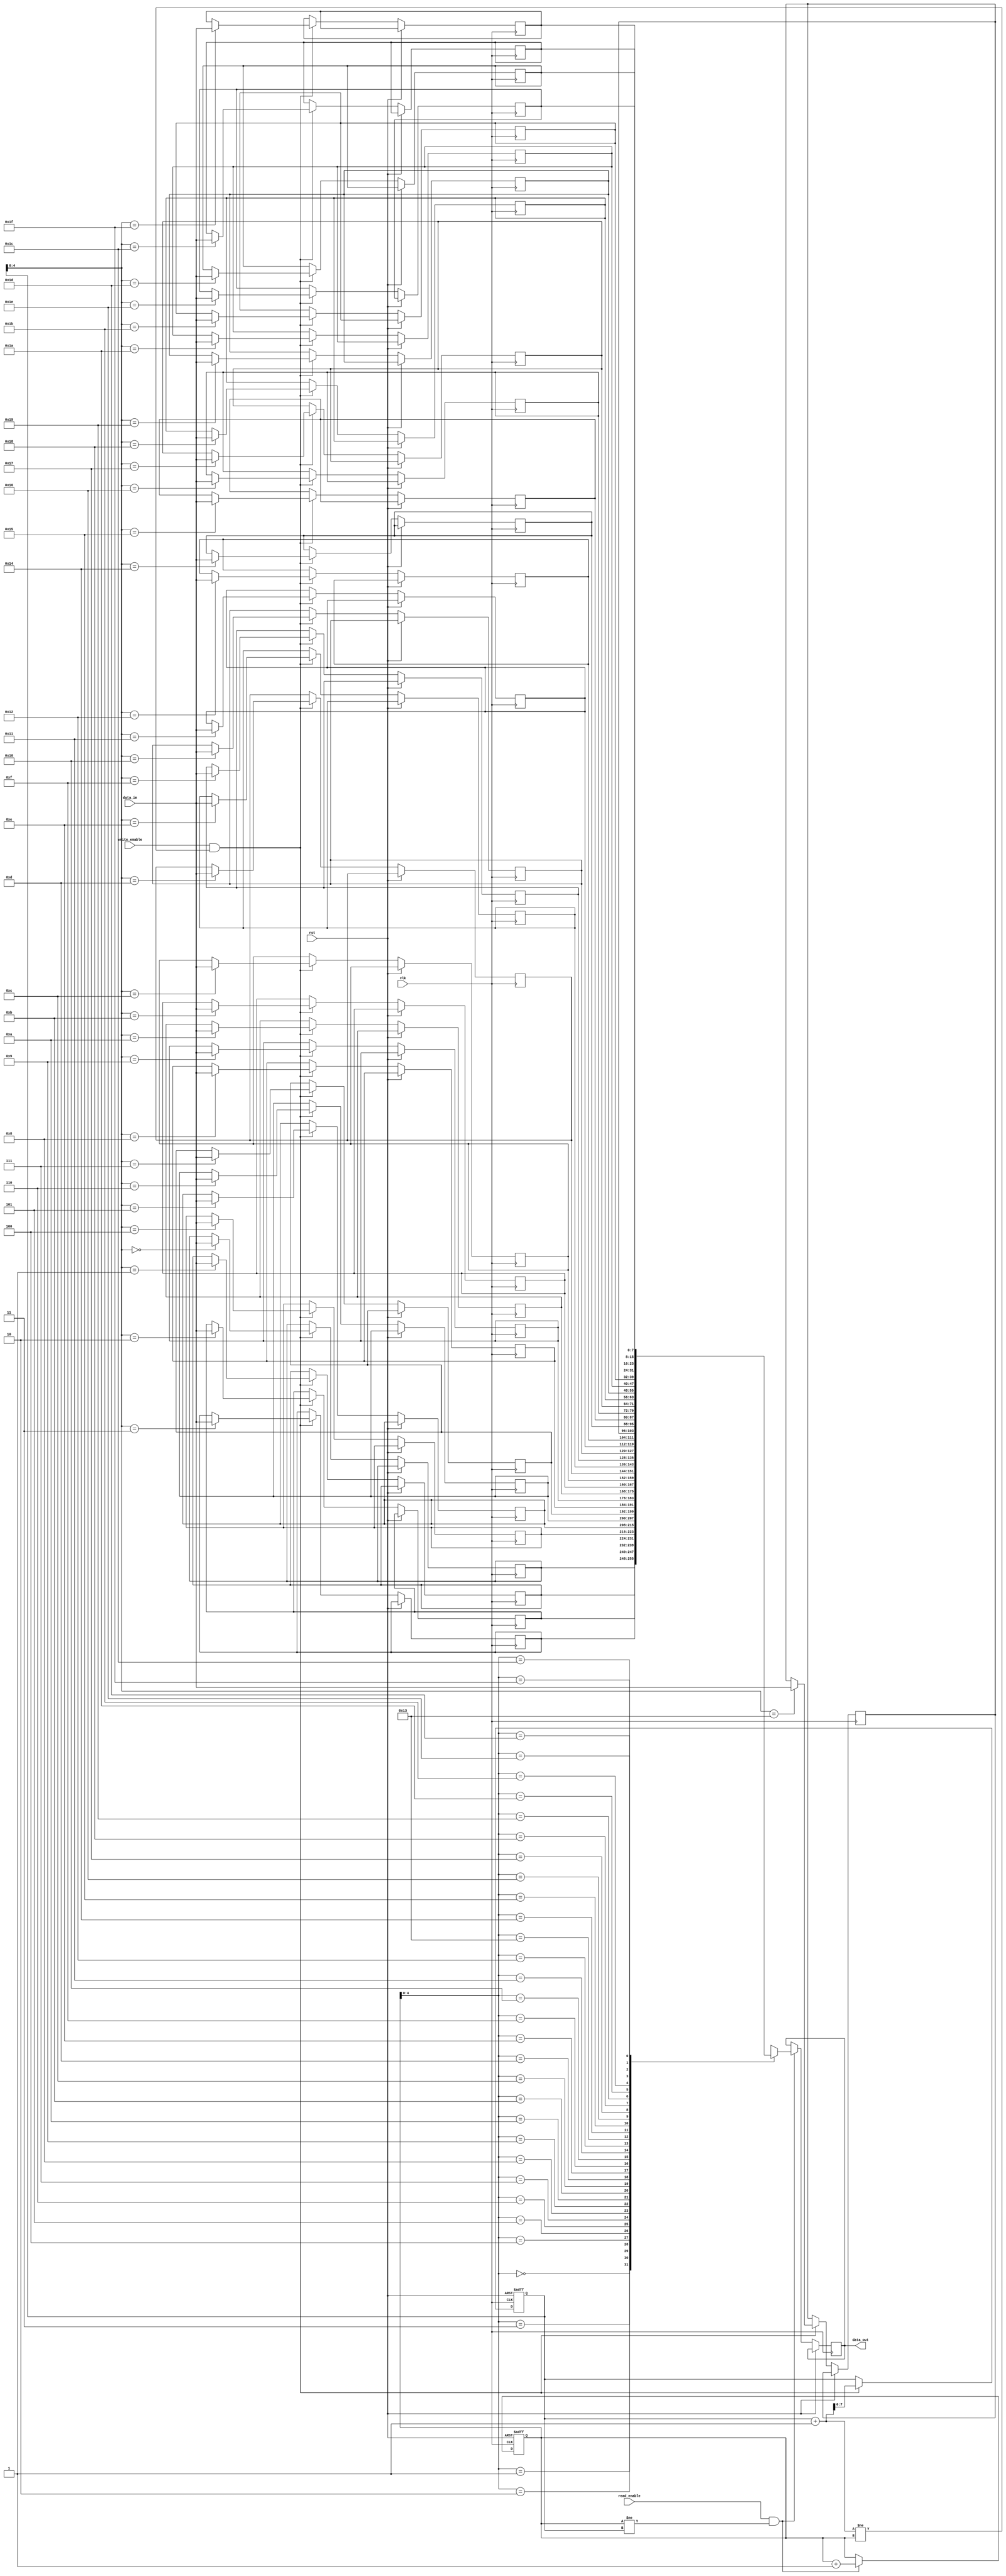
module bidirectional_fifo (
    input wire clk,
    input wire rst,
    input wire read_enable,
    input wire write_enable,
    input wire [DATA_WIDTH-1:0] data_in,
    output reg [DATA_WIDTH-1:0] data_out
);

parameter DEPTH = 32; // Depth of the FIFO
parameter DATA_WIDTH = 8; // Data width of each element in the FIFO

reg [DATA_WIDTH-1:0] memory [0:DEPTH-1];
reg [DATA_WIDTH-1:0] read_ptr = 0;
reg [DATA_WIDTH-1:0] write_ptr = 0;

always @ (posedge clk or posedge rst)
begin
    if (rst) begin
        read_ptr <= 0;
        write_ptr <= 0;
    end else begin
        if (read_enable && (read_ptr != write_ptr)) begin
            data_out <= memory[read_ptr];
            read_ptr <= read_ptr + 1;
        end
        
        if (write_enable && ((write_ptr + 1) != read_ptr)) begin
            memory[write_ptr] <= data_in;
            write_ptr <= write_ptr + 1;
        end
    end
end

endmodule